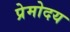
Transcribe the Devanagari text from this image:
प्रेमोदय